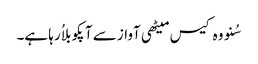
سُنو وہ کیس میٹھی آواز سے آپکو بلاُ رہا ہے۔